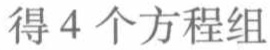
得4个方程组